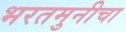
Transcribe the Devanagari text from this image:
भरतमुनीचा